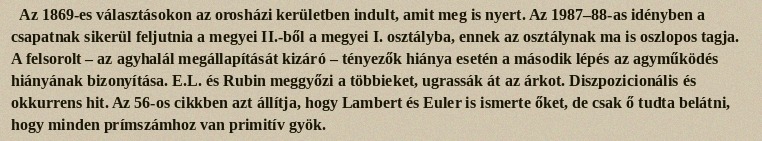
Az 1869-es választásokon az orosházi kerületben indult, amit meg is nyert. Az 1987–88-as idényben a csapatnak sikerül feljutnia a megyei II.-ből a megyei I. osztályba, ennek az osztálynak ma is oszlopos tagja. A felsorolt – az agyhalál megállapítását kizáró – tényezők hiánya esetén a második lépés az agyműködés hiányának bizonyítása. E.L. és Rubin meggyőzi a többieket, ugrassák át az árkot. Diszpozicionális és okkurrens hit. Az 56-os cikkben azt állítja, hogy Lambert és Euler is ismerte őket, de csak ő tudta belátni, hogy minden prímszámhoz van primitív gyök.